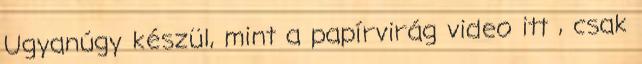
Ugyanúgy készül, mint a papírvirág video itt , csak